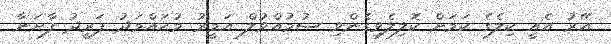
އޭރު އެއީ ކިލެގެ ކަމަށް ކޮލިލެވިގެންވި ސުމުއްވުލް އަމީރު މުޙައްމަދު ފަރީދު ފާށަނާ